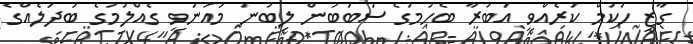
ގާޒީ ހުކުމް ކުރެއްވީ އަބުރާ ބެހުމުގެ ސަބަބުން ލިބުނު މައުނަވީ ގެއްލުމުގެ ބަދަލެއްގެ